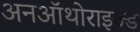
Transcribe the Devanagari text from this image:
अनऑथोराइज्ड